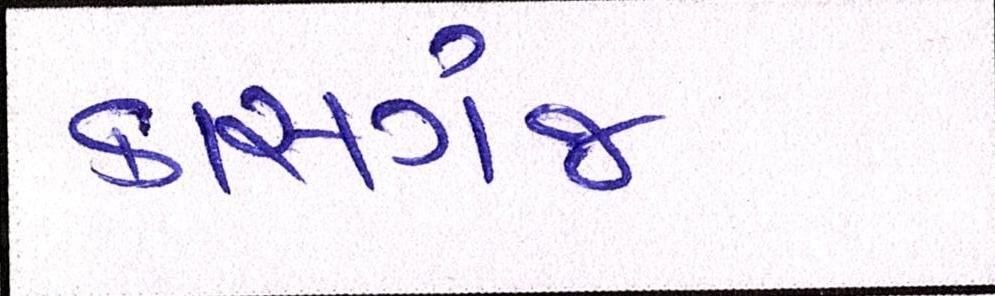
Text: કાસગંજ